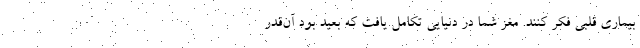
بیماری قلبی فکر کنند. مغز شما در دنیایی تکامل یافت که بعید بود آن‌قدر